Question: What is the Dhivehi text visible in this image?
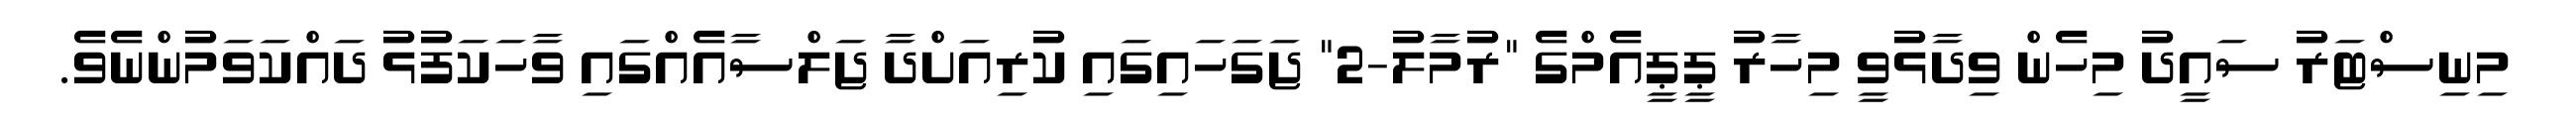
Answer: މިނިސްޓަރު ސައީދު މިހެން ވިދާޅުވީ މިހާރު ޕީޕީއެމްގެ "ރުމާލު-2" ޖަގަހައިގައި ކުރިއަށްދާ ޖަލްސާއެއްގައި ވާހަކަފުޅު ދައްކަވަމުންނެވެ.